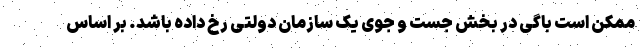
ممکن است باگی در بخش جست و جوی یک سازمان دولتی رخ داده باشد. بر اساس